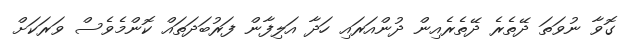
ގޮވާ ނުވަތަ ދޭތެރެ ދޭތެރެއިން ދުންއަރައި ހަދާ އަލިފާން ފަރުބަދަތައް ކޮންމެވެސް ވަރަކަށް